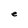
Character: e